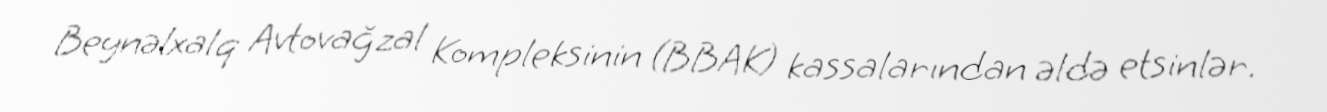
Beynəlxalq Avtovağzal Kompleksinin (BBAK) kassalarından əldə etsinlər.